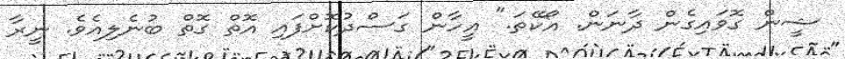
ޝީން ގޮވައިގެން ދާނަން. އޯކޭތަ." އީހާން ގަސްދުކޮށްފައި އޮތް ގޮތް ބުނެލިއެވެ. ނީރާ